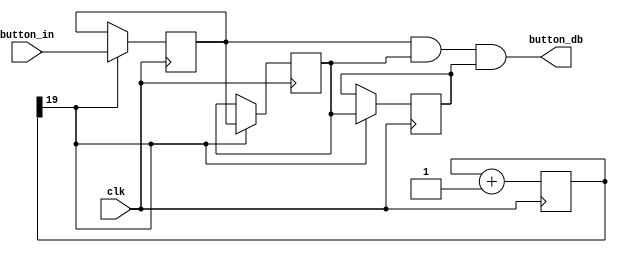
`timescale 1ns / 100ps

module dbounce(
    input clk, 
    input button_in,
    output button_db
    );

reg  [19:0] counter = 0;
always @(posedge clk) begin
  counter <= counter + 1;
end

wire en = counter[19];

reg btn_delay1, btn_delay2, btn_delay3;
always @(posedge clk) begin
  if(en) begin
    btn_delay1 <= button_in;
	 btn_delay2 <= btn_delay1;
	 btn_delay3 <= btn_delay2;
  end
end

assign button_db = btn_delay1 & btn_delay2 & btn_delay3;

endmodule